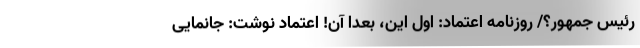
رئیس جمهور؟/ روزنامه اعتماد: اول این، بعدا آن! اعتماد نوشت: جانمایی